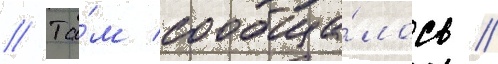
// Та́м сообща́лось /